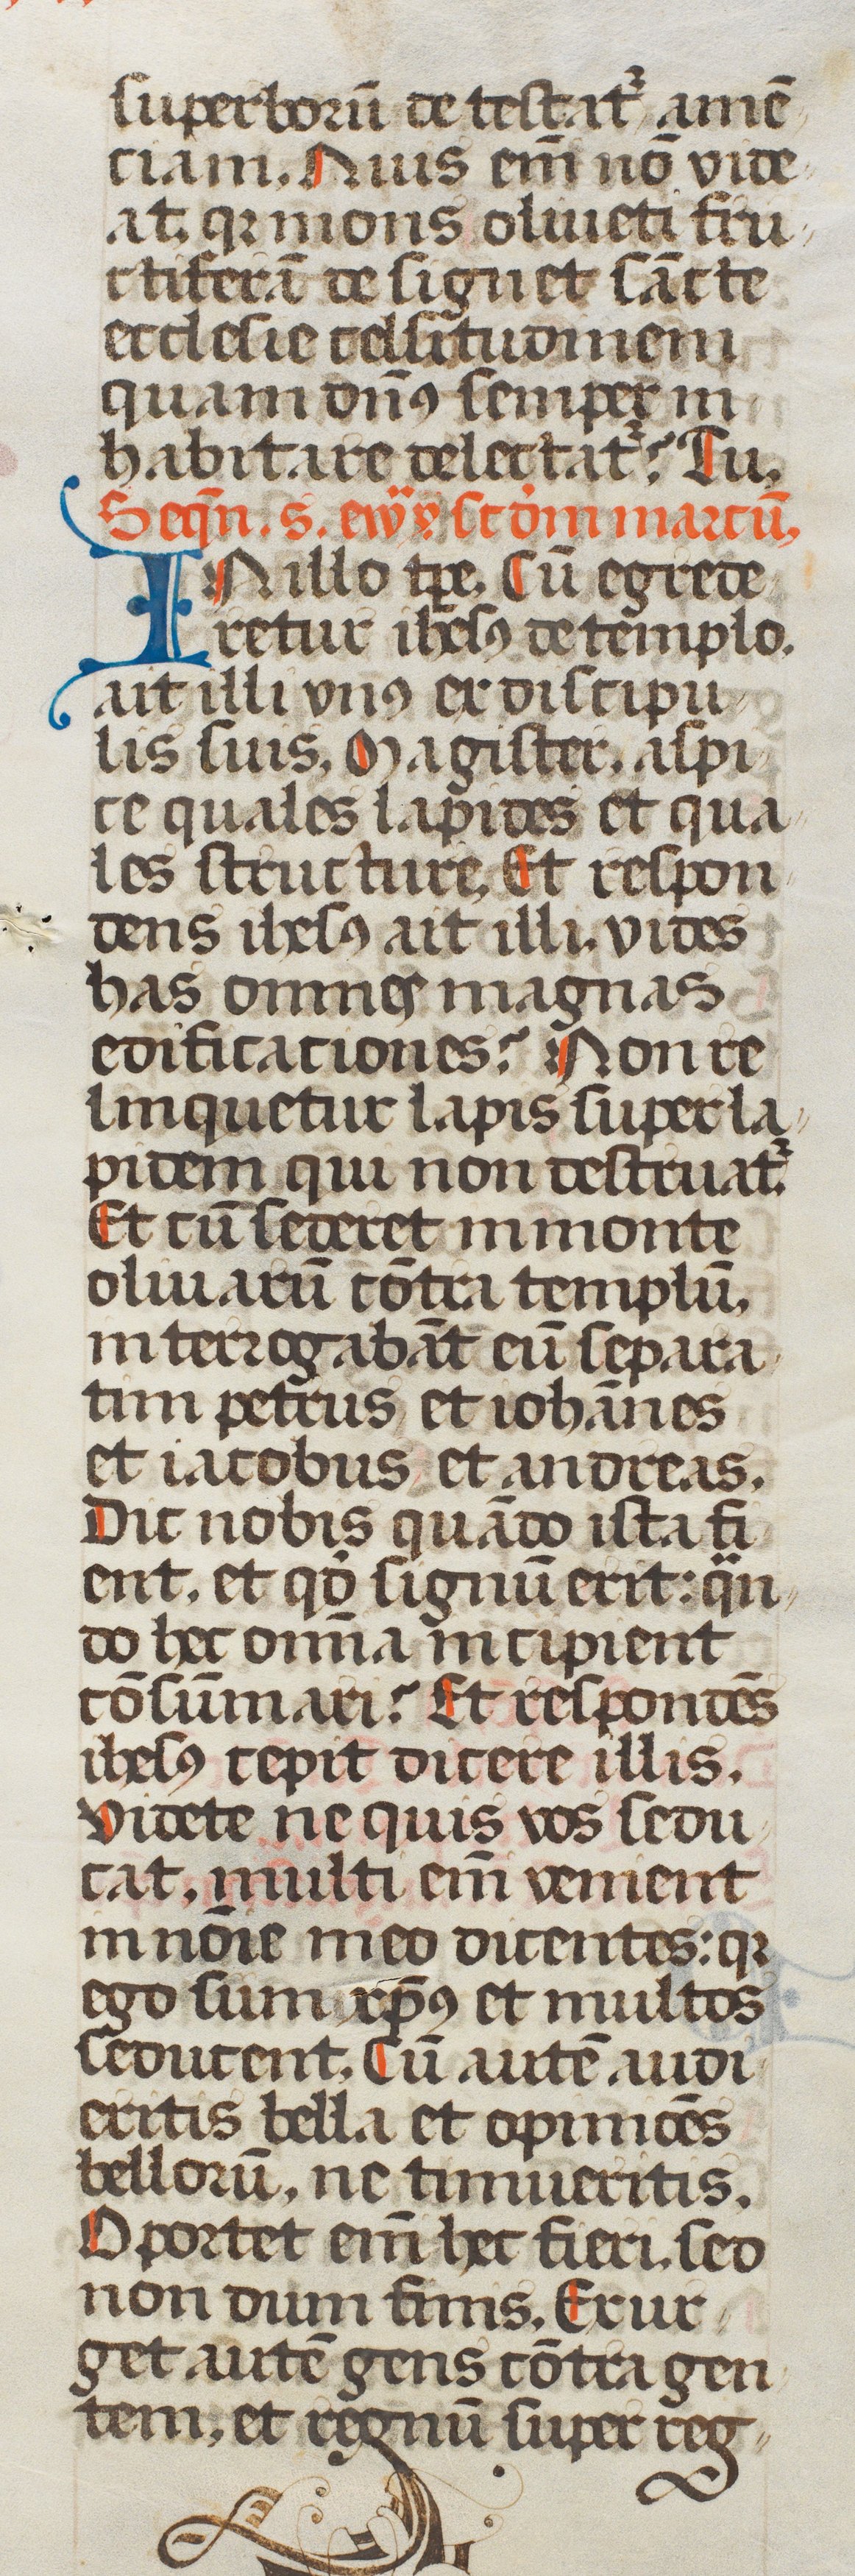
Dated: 1507–1517